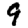
Digit: 9